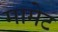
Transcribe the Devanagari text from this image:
मामेट